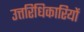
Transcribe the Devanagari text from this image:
उत्तरिधिकारियों